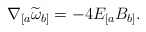
\begin{align*}\nabla _{[a}\widetilde{\omega }_{b]}=-4E_{[a}B_{b]}. \end{align*}